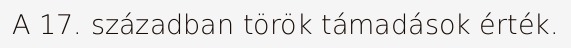
A 17. században török támadások érték.